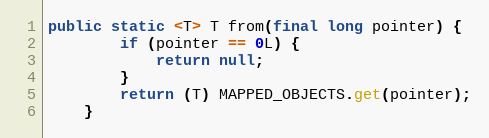
Language: Java
public static <T> T from(final long pointer) {
        if (pointer == 0L) {
            return null;
        }
        return (T) MAPPED_OBJECTS.get(pointer);
    }